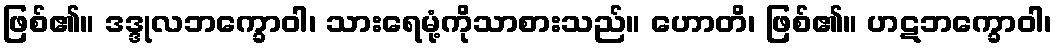
ဖြစ်၏။ ဒဒ္ဒုလဘက္ခောဝါ၊ သားရေမုံ့ကိုသာစားသည်။ ဟောတိ၊ ဖြစ်၏။ ဟဋဘက္ခောဝါ၊